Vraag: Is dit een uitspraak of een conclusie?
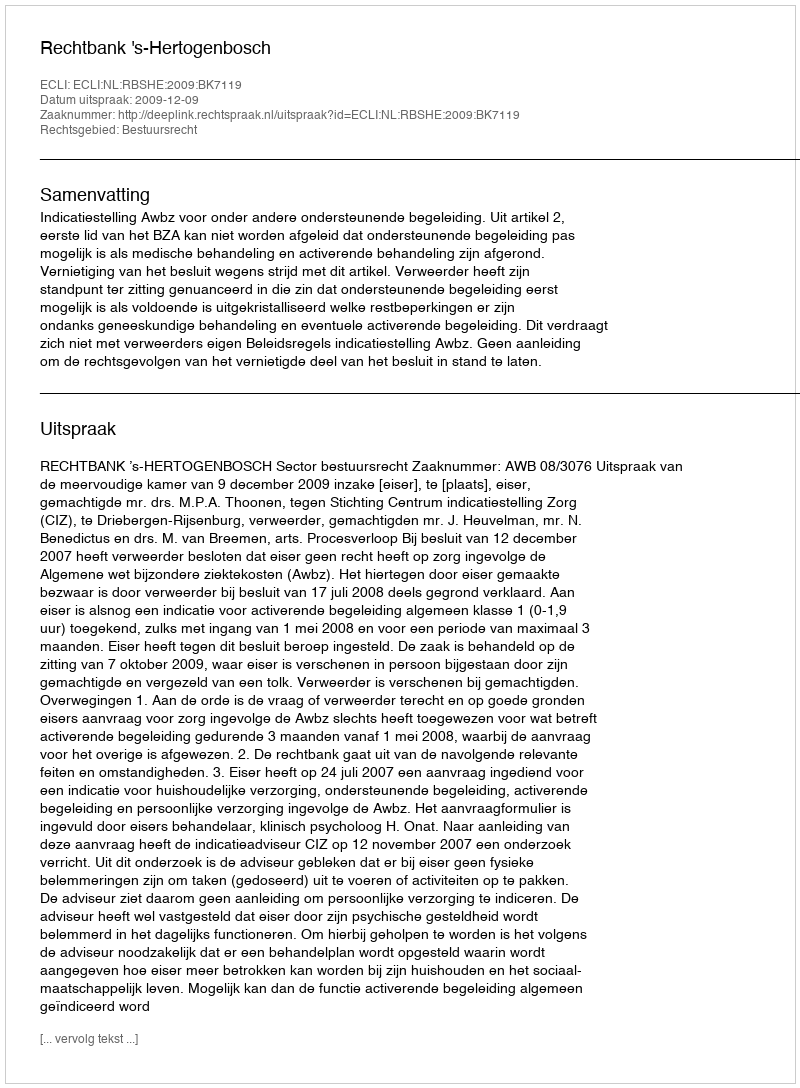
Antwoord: Uitspraak